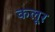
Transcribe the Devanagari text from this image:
कलूर